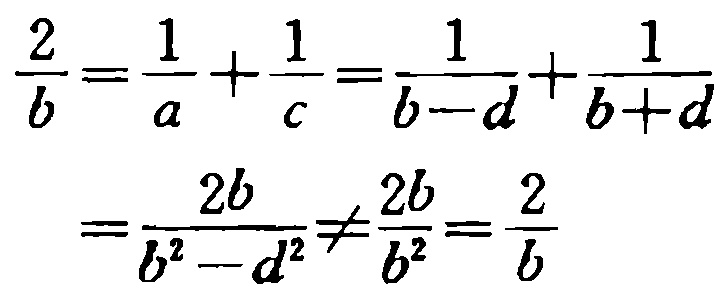
\[\frac{2}{b}=\frac{1}{a}+\frac{1}{c}=\frac{1}{b - d}+\frac{1}{b + d}=\frac{2b}{b^{2}-d^{2}}\neq\frac{2b}{b^{2}}=\frac{2}{b}\]